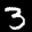
Label: 3